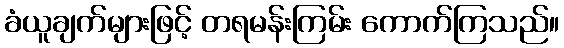
ခံယူချက်များဖြင့် တရမန်းကြမ်း ကောက်ကြသည်။